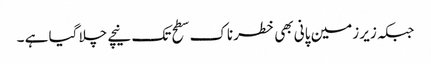
جبکہ زیر زمین پانی بھی خطرناک سطح تک نیچے چلا گیا ہے ۔